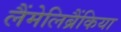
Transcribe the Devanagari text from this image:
लैंमेलिब्रैंकिया